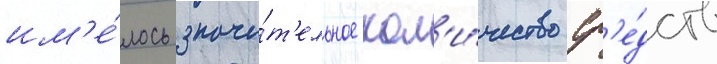
им'е́лось значи́т'ельное кол'и́чество ср'е́дств